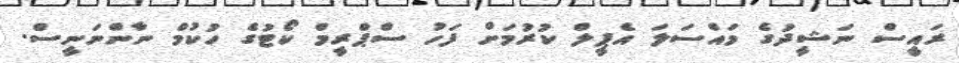
ރައީސް ނަޝީދުގެ މައްސަލަ އެޕީލް ކުރުމަށް ފަހު ސްޕްރީމް ކޯޓުގެ ހުކުމް ނާންނަނީސް.